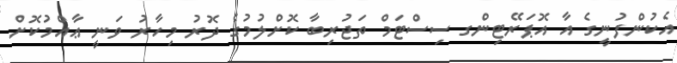
އެކުންފުނީގެ އާ އޮޕަރޭޓިންގ ސިސްޓަމް ތަޖުރިބާ ކޮށްލުމުގެ ދޮރު މިހާރު ވަނީ ޢާއްމުކޮށް